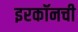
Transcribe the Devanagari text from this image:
इरकॉनची